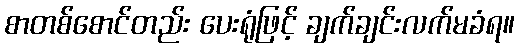
စာတစ်စောင်တည်း ပေးရုံဖြင့် ချက်ချင်းလက်မခံရ။